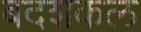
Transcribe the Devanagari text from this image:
बदशकल